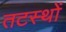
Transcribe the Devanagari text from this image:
तटस्थों